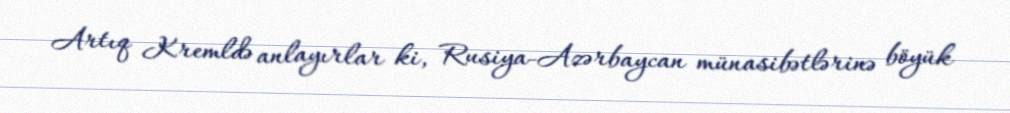
Artıq Kremldə anlayırlar ki, Rusiya-Azərbaycan münasibətlərinə böyük